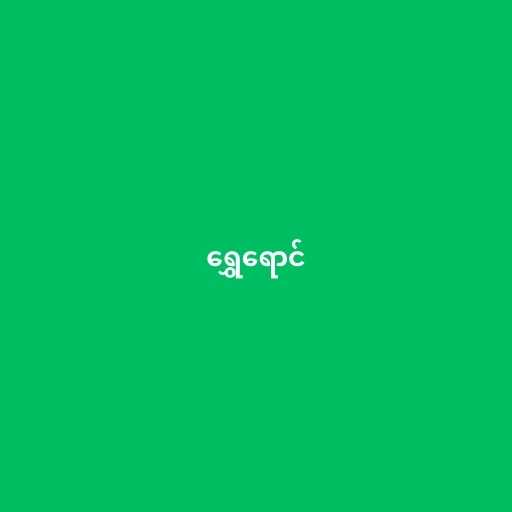
ရွှေရောင်